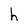
Character: h